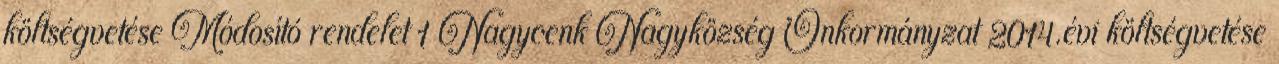
költségvetése Módosító rendelet 1 Nagycenk Nagyközség Önkormányzat 2014.évi költségvetése